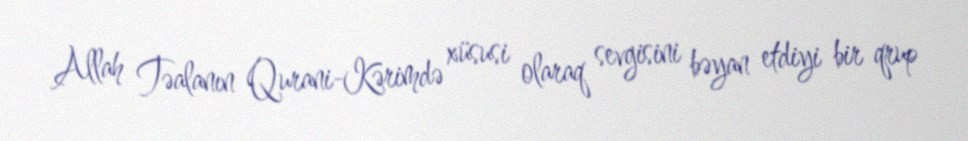
Allah Təalanın Qurani-Kərimdə xüsusi olaraq sevgisini bəyan etdiyi bir qrup